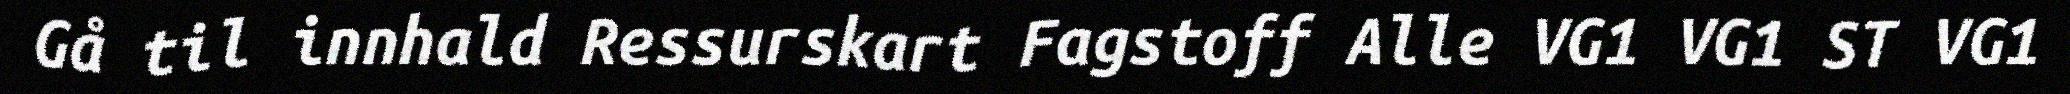
Gå til innhald Ressurskart Fagstoff Alle VG1 VG1 ST VG1